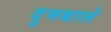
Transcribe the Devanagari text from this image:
दुमबाले